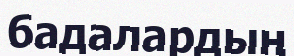
бадалардың